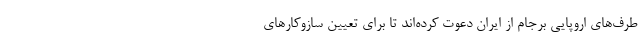
طرف‌های اروپایی برجام از ایران دعوت کرده‌اند تا برای تعیین سازوکارهای